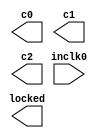
// megafunction wizard: %ALTPLL%VBB%
// GENERATION: STANDARD
// VERSION: WM1.0
// MODULE: altpll 

// ============================================================
// Megafunction Name(s):
// 			altpll
//
// Simulation Library Files(s):
// 			altera_mf
// ============================================================
// ************************************************************
// THIS IS A WIZARD-GENERATED FILE. DO NOT EDIT THIS FILE!
//
// 20.1.1 Build 720 11/11/2020 SJ Lite Edition
// ************************************************************

//Copyright (C) 2020  Intel Corporation. All rights reserved.
//Your use of Intel Corporation's design tools, logic functions 
//and other software and tools, and any partner logic 
//functions, and any output files from any of the foregoing 
//(including device programming or simulation files), and any 
//associated documentation or information are expressly subject 
//to the terms and conditions of the Intel Program License 
//Subscription Agreement, the Intel Quartus Prime License Agreement,
//the Intel FPGA IP License Agreement, or other applicable license
//agreement, including, without limitation, that your use is for
//the sole purpose of programming logic devices manufactured by
//Intel and sold by Intel or its authorized distributors.  Please
//refer to the applicable agreement for further details, at
//https://fpgasoftware.intel.com/eula.

module pll_main (
	inclk0,
	c0,
	c1,
	c2,
	locked);

	input	  inclk0;
	output	  c0;
	output	  c1;
	output	  c2;
	output	  locked;

endmodule

// ============================================================
// CNX file retrieval info
// ============================================================
// Retrieval info: PRIVATE: ACTIVECLK_CHECK STRING "0"
// Retrieval info: PRIVATE: BANDWIDTH STRING "1.000"
// Retrieval info: PRIVATE: BANDWIDTH_FEATURE_ENABLED STRING "1"
// Retrieval info: PRIVATE: BANDWIDTH_FREQ_UNIT STRING "MHz"
// Retrieval info: PRIVATE: BANDWIDTH_PRESET STRING "Low"
// Retrieval info: PRIVATE: BANDWIDTH_USE_AUTO STRING "1"
// Retrieval info: PRIVATE: BANDWIDTH_USE_PRESET STRING "0"
// Retrieval info: PRIVATE: CLKBAD_SWITCHOVER_CHECK STRING "0"
// Retrieval info: PRIVATE: CLKLOSS_CHECK STRING "0"
// Retrieval info: PRIVATE: CLKSWITCH_CHECK STRING "0"
// Retrieval info: PRIVATE: CNX_NO_COMPENSATE_RADIO STRING "0"
// Retrieval info: PRIVATE: CREATE_CLKBAD_CHECK STRING "0"
// Retrieval info: PRIVATE: CREATE_INCLK1_CHECK STRING "0"
// Retrieval info: PRIVATE: CUR_DEDICATED_CLK STRING "c0"
// Retrieval info: PRIVATE: CUR_FBIN_CLK STRING "c0"
// Retrieval info: PRIVATE: DEVICE_SPEED_GRADE STRING "6"
// Retrieval info: PRIVATE: DIV_FACTOR0 NUMERIC "1"
// Retrieval info: PRIVATE: DIV_FACTOR1 NUMERIC "1"
// Retrieval info: PRIVATE: DIV_FACTOR2 NUMERIC "1"
// Retrieval info: PRIVATE: DUTY_CYCLE0 STRING "50.00000000"
// Retrieval info: PRIVATE: DUTY_CYCLE1 STRING "50.00000000"
// Retrieval info: PRIVATE: DUTY_CYCLE2 STRING "50.00000000"
// Retrieval info: PRIVATE: EFF_OUTPUT_FREQ_VALUE0 STRING "1.000000"
// Retrieval info: PRIVATE: EFF_OUTPUT_FREQ_VALUE1 STRING "100.000000"
// Retrieval info: PRIVATE: EFF_OUTPUT_FREQ_VALUE2 STRING "0.100000"
// Retrieval info: PRIVATE: EXPLICIT_SWITCHOVER_COUNTER STRING "0"
// Retrieval info: PRIVATE: EXT_FEEDBACK_RADIO STRING "0"
// Retrieval info: PRIVATE: GLOCKED_COUNTER_EDIT_CHANGED STRING "1"
// Retrieval info: PRIVATE: GLOCKED_FEATURE_ENABLED STRING "0"
// Retrieval info: PRIVATE: GLOCKED_MODE_CHECK STRING "0"
// Retrieval info: PRIVATE: GLOCK_COUNTER_EDIT NUMERIC "1048575"
// Retrieval info: PRIVATE: HAS_MANUAL_SWITCHOVER STRING "1"
// Retrieval info: PRIVATE: INCLK0_FREQ_EDIT STRING "50.000"
// Retrieval info: PRIVATE: INCLK0_FREQ_UNIT_COMBO STRING "MHz"
// Retrieval info: PRIVATE: INCLK1_FREQ_EDIT STRING "100.000"
// Retrieval info: PRIVATE: INCLK1_FREQ_EDIT_CHANGED STRING "1"
// Retrieval info: PRIVATE: INCLK1_FREQ_UNIT_CHANGED STRING "1"
// Retrieval info: PRIVATE: INCLK1_FREQ_UNIT_COMBO STRING "MHz"
// Retrieval info: PRIVATE: INTENDED_DEVICE_FAMILY STRING "Cyclone IV E"
// Retrieval info: PRIVATE: INT_FEEDBACK__MODE_RADIO STRING "1"
// Retrieval info: PRIVATE: LOCKED_OUTPUT_CHECK STRING "1"
// Retrieval info: PRIVATE: LONG_SCAN_RADIO STRING "1"
// Retrieval info: PRIVATE: LVDS_MODE_DATA_RATE STRING "Not Available"
// Retrieval info: PRIVATE: LVDS_MODE_DATA_RATE_DIRTY NUMERIC "0"
// Retrieval info: PRIVATE: LVDS_PHASE_SHIFT_UNIT0 STRING "deg"
// Retrieval info: PRIVATE: LVDS_PHASE_SHIFT_UNIT1 STRING "deg"
// Retrieval info: PRIVATE: LVDS_PHASE_SHIFT_UNIT2 STRING "deg"
// Retrieval info: PRIVATE: MIG_DEVICE_SPEED_GRADE STRING "Any"
// Retrieval info: PRIVATE: MIRROR_CLK0 STRING "0"
// Retrieval info: PRIVATE: MIRROR_CLK1 STRING "0"
// Retrieval info: PRIVATE: MIRROR_CLK2 STRING "0"
// Retrieval info: PRIVATE: MULT_FACTOR0 NUMERIC "1"
// Retrieval info: PRIVATE: MULT_FACTOR1 NUMERIC "1"
// Retrieval info: PRIVATE: MULT_FACTOR2 NUMERIC "1"
// Retrieval info: PRIVATE: NORMAL_MODE_RADIO STRING "1"
// Retrieval info: PRIVATE: OUTPUT_FREQ0 STRING "1.00000000"
// Retrieval info: PRIVATE: OUTPUT_FREQ1 STRING "100.00000000"
// Retrieval info: PRIVATE: OUTPUT_FREQ2 STRING "0.10000000"
// Retrieval info: PRIVATE: OUTPUT_FREQ_MODE0 STRING "1"
// Retrieval info: PRIVATE: OUTPUT_FREQ_MODE1 STRING "1"
// Retrieval info: PRIVATE: OUTPUT_FREQ_MODE2 STRING "1"
// Retrieval info: PRIVATE: OUTPUT_FREQ_UNIT0 STRING "MHz"
// Retrieval info: PRIVATE: OUTPUT_FREQ_UNIT1 STRING "MHz"
// Retrieval info: PRIVATE: OUTPUT_FREQ_UNIT2 STRING "MHz"
// Retrieval info: PRIVATE: PHASE_RECONFIG_FEATURE_ENABLED STRING "1"
// Retrieval info: PRIVATE: PHASE_RECONFIG_INPUTS_CHECK STRING "0"
// Retrieval info: PRIVATE: PHASE_SHIFT0 STRING "0.00000000"
// Retrieval info: PRIVATE: PHASE_SHIFT1 STRING "0.00000000"
// Retrieval info: PRIVATE: PHASE_SHIFT2 STRING "0.00000000"
// Retrieval info: PRIVATE: PHASE_SHIFT_STEP_ENABLED_CHECK STRING "0"
// Retrieval info: PRIVATE: PHASE_SHIFT_UNIT0 STRING "deg"
// Retrieval info: PRIVATE: PHASE_SHIFT_UNIT1 STRING "deg"
// Retrieval info: PRIVATE: PHASE_SHIFT_UNIT2 STRING "deg"
// Retrieval info: PRIVATE: PLL_ADVANCED_PARAM_CHECK STRING "0"
// Retrieval info: PRIVATE: PLL_ARESET_CHECK STRING "0"
// Retrieval info: PRIVATE: PLL_AUTOPLL_CHECK NUMERIC "1"
// Retrieval info: PRIVATE: PLL_ENHPLL_CHECK NUMERIC "0"
// Retrieval info: PRIVATE: PLL_FASTPLL_CHECK NUMERIC "0"
// Retrieval info: PRIVATE: PLL_FBMIMIC_CHECK STRING "0"
// Retrieval info: PRIVATE: PLL_LVDS_PLL_CHECK NUMERIC "0"
// Retrieval info: PRIVATE: PLL_PFDENA_CHECK STRING "0"
// Retrieval info: PRIVATE: PLL_TARGET_HARCOPY_CHECK NUMERIC "0"
// Retrieval info: PRIVATE: PRIMARY_CLK_COMBO STRING "inclk0"
// Retrieval info: PRIVATE: RECONFIG_FILE STRING "pll_main.mif"
// Retrieval info: PRIVATE: SACN_INPUTS_CHECK STRING "0"
// Retrieval info: PRIVATE: SCAN_FEATURE_ENABLED STRING "1"
// Retrieval info: PRIVATE: SELF_RESET_LOCK_LOSS STRING "0"
// Retrieval info: PRIVATE: SHORT_SCAN_RADIO STRING "0"
// Retrieval info: PRIVATE: SPREAD_FEATURE_ENABLED STRING "0"
// Retrieval info: PRIVATE: SPREAD_FREQ STRING "50.000"
// Retrieval info: PRIVATE: SPREAD_FREQ_UNIT STRING "KHz"
// Retrieval info: PRIVATE: SPREAD_PERCENT STRING "0.500"
// Retrieval info: PRIVATE: SPREAD_USE STRING "0"
// Retrieval info: PRIVATE: SRC_SYNCH_COMP_RADIO STRING "0"
// Retrieval info: PRIVATE: STICKY_CLK0 STRING "1"
// Retrieval info: PRIVATE: STICKY_CLK1 STRING "1"
// Retrieval info: PRIVATE: STICKY_CLK2 STRING "1"
// Retrieval info: PRIVATE: SWITCHOVER_COUNT_EDIT NUMERIC "1"
// Retrieval info: PRIVATE: SWITCHOVER_FEATURE_ENABLED STRING "1"
// Retrieval info: PRIVATE: SYNTH_WRAPPER_GEN_POSTFIX STRING "0"
// Retrieval info: PRIVATE: USE_CLK0 STRING "1"
// Retrieval info: PRIVATE: USE_CLK1 STRING "1"
// Retrieval info: PRIVATE: USE_CLK2 STRING "1"
// Retrieval info: PRIVATE: USE_CLKENA0 STRING "0"
// Retrieval info: PRIVATE: USE_CLKENA1 STRING "0"
// Retrieval info: PRIVATE: USE_CLKENA2 STRING "0"
// Retrieval info: PRIVATE: USE_MIL_SPEED_GRADE NUMERIC "0"
// Retrieval info: PRIVATE: ZERO_DELAY_RADIO STRING "0"
// Retrieval info: LIBRARY: altera_mf altera_mf.altera_mf_components.all
// Retrieval info: CONSTANT: BANDWIDTH_TYPE STRING "AUTO"
// Retrieval info: CONSTANT: CLK0_DIVIDE_BY NUMERIC "50"
// Retrieval info: CONSTANT: CLK0_DUTY_CYCLE NUMERIC "50"
// Retrieval info: CONSTANT: CLK0_MULTIPLY_BY NUMERIC "1"
// Retrieval info: CONSTANT: CLK0_PHASE_SHIFT STRING "0"
// Retrieval info: CONSTANT: CLK1_DIVIDE_BY NUMERIC "1"
// Retrieval info: CONSTANT: CLK1_DUTY_CYCLE NUMERIC "50"
// Retrieval info: CONSTANT: CLK1_MULTIPLY_BY NUMERIC "2"
// Retrieval info: CONSTANT: CLK1_PHASE_SHIFT STRING "0"
// Retrieval info: CONSTANT: CLK2_DIVIDE_BY NUMERIC "500"
// Retrieval info: CONSTANT: CLK2_DUTY_CYCLE NUMERIC "50"
// Retrieval info: CONSTANT: CLK2_MULTIPLY_BY NUMERIC "1"
// Retrieval info: CONSTANT: CLK2_PHASE_SHIFT STRING "0"
// Retrieval info: CONSTANT: COMPENSATE_CLOCK STRING "CLK0"
// Retrieval info: CONSTANT: INCLK0_INPUT_FREQUENCY NUMERIC "20000"
// Retrieval info: CONSTANT: INTENDED_DEVICE_FAMILY STRING "Cyclone IV E"
// Retrieval info: CONSTANT: LPM_TYPE STRING "altpll"
// Retrieval info: CONSTANT: OPERATION_MODE STRING "NORMAL"
// Retrieval info: CONSTANT: PLL_TYPE STRING "AUTO"
// Retrieval info: CONSTANT: PORT_ACTIVECLOCK STRING "PORT_UNUSED"
// Retrieval info: CONSTANT: PORT_ARESET STRING "PORT_UNUSED"
// Retrieval info: CONSTANT: PORT_CLKBAD0 STRING "PORT_UNUSED"
// Retrieval info: CONSTANT: PORT_CLKBAD1 STRING "PORT_UNUSED"
// Retrieval info: CONSTANT: PORT_CLKLOSS STRING "PORT_UNUSED"
// Retrieval info: CONSTANT: PORT_CLKSWITCH STRING "PORT_UNUSED"
// Retrieval info: CONSTANT: PORT_CONFIGUPDATE STRING "PORT_UNUSED"
// Retrieval info: CONSTANT: PORT_FBIN STRING "PORT_UNUSED"
// Retrieval info: CONSTANT: PORT_INCLK0 STRING "PORT_USED"
// Retrieval info: CONSTANT: PORT_INCLK1 STRING "PORT_UNUSED"
// Retrieval info: CONSTANT: PORT_LOCKED STRING "PORT_USED"
// Retrieval info: CONSTANT: PORT_PFDENA STRING "PORT_UNUSED"
// Retrieval info: CONSTANT: PORT_PHASECOUNTERSELECT STRING "PORT_UNUSED"
// Retrieval info: CONSTANT: PORT_PHASEDONE STRING "PORT_UNUSED"
// Retrieval info: CONSTANT: PORT_PHASESTEP STRING "PORT_UNUSED"
// Retrieval info: CONSTANT: PORT_PHASEUPDOWN STRING "PORT_UNUSED"
// Retrieval info: CONSTANT: PORT_PLLENA STRING "PORT_UNUSED"
// Retrieval info: CONSTANT: PORT_SCANACLR STRING "PORT_UNUSED"
// Retrieval info: CONSTANT: PORT_SCANCLK STRING "PORT_UNUSED"
// Retrieval info: CONSTANT: PORT_SCANCLKENA STRING "PORT_UNUSED"
// Retrieval info: CONSTANT: PORT_SCANDATA STRING "PORT_UNUSED"
// Retrieval info: CONSTANT: PORT_SCANDATAOUT STRING "PORT_UNUSED"
// Retrieval info: CONSTANT: PORT_SCANDONE STRING "PORT_UNUSED"
// Retrieval info: CONSTANT: PORT_SCANREAD STRING "PORT_UNUSED"
// Retrieval info: CONSTANT: PORT_SCANWRITE STRING "PORT_UNUSED"
// Retrieval info: CONSTANT: PORT_clk0 STRING "PORT_USED"
// Retrieval info: CONSTANT: PORT_clk1 STRING "PORT_USED"
// Retrieval info: CONSTANT: PORT_clk2 STRING "PORT_USED"
// Retrieval info: CONSTANT: PORT_clk3 STRING "PORT_UNUSED"
// Retrieval info: CONSTANT: PORT_clk4 STRING "PORT_UNUSED"
// Retrieval info: CONSTANT: PORT_clk5 STRING "PORT_UNUSED"
// Retrieval info: CONSTANT: PORT_clkena0 STRING "PORT_UNUSED"
// Retrieval info: CONSTANT: PORT_clkena1 STRING "PORT_UNUSED"
// Retrieval info: CONSTANT: PORT_clkena2 STRING "PORT_UNUSED"
// Retrieval info: CONSTANT: PORT_clkena3 STRING "PORT_UNUSED"
// Retrieval info: CONSTANT: PORT_clkena4 STRING "PORT_UNUSED"
// Retrieval info: CONSTANT: PORT_clkena5 STRING "PORT_UNUSED"
// Retrieval info: CONSTANT: PORT_extclk0 STRING "PORT_UNUSED"
// Retrieval info: CONSTANT: PORT_extclk1 STRING "PORT_UNUSED"
// Retrieval info: CONSTANT: PORT_extclk2 STRING "PORT_UNUSED"
// Retrieval info: CONSTANT: PORT_extclk3 STRING "PORT_UNUSED"
// Retrieval info: CONSTANT: SELF_RESET_ON_LOSS_LOCK STRING "OFF"
// Retrieval info: CONSTANT: WIDTH_CLOCK NUMERIC "5"
// Retrieval info: USED_PORT: @clk 0 0 5 0 OUTPUT_CLK_EXT VCC "@clk[4..0]"
// Retrieval info: USED_PORT: c0 0 0 0 0 OUTPUT_CLK_EXT VCC "c0"
// Retrieval info: USED_PORT: c1 0 0 0 0 OUTPUT_CLK_EXT VCC "c1"
// Retrieval info: USED_PORT: c2 0 0 0 0 OUTPUT_CLK_EXT VCC "c2"
// Retrieval info: USED_PORT: inclk0 0 0 0 0 INPUT_CLK_EXT GND "inclk0"
// Retrieval info: USED_PORT: locked 0 0 0 0 OUTPUT GND "locked"
// Retrieval info: CONNECT: @inclk 0 0 1 1 GND 0 0 0 0
// Retrieval info: CONNECT: @inclk 0 0 1 0 inclk0 0 0 0 0
// Retrieval info: CONNECT: c0 0 0 0 0 @clk 0 0 1 0
// Retrieval info: CONNECT: c1 0 0 0 0 @clk 0 0 1 1
// Retrieval info: CONNECT: c2 0 0 0 0 @clk 0 0 1 2
// Retrieval info: CONNECT: locked 0 0 0 0 @locked 0 0 0 0
// Retrieval info: GEN_FILE: TYPE_NORMAL pll_main.v TRUE
// Retrieval info: GEN_FILE: TYPE_NORMAL pll_main.ppf TRUE
// Retrieval info: GEN_FILE: TYPE_NORMAL pll_main.inc FALSE
// Retrieval info: GEN_FILE: TYPE_NORMAL pll_main.cmp FALSE
// Retrieval info: GEN_FILE: TYPE_NORMAL pll_main.bsf FALSE
// Retrieval info: GEN_FILE: TYPE_NORMAL pll_main_inst.v FALSE
// Retrieval info: GEN_FILE: TYPE_NORMAL pll_main_bb.v TRUE
// Retrieval info: LIB_FILE: altera_mf
// Retrieval info: CBX_MODULE_PREFIX: ON